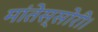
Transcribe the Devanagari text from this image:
मांतेस्सोरी।